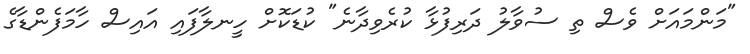
"މަންމައަށް ވެސް ތި ސުވާލު ދަރިފުޅާ ކުރެވިދާނެ" ކުޑަކޮށް ހީނލާފައި އައިސް ހާމަފެންޑާގެ